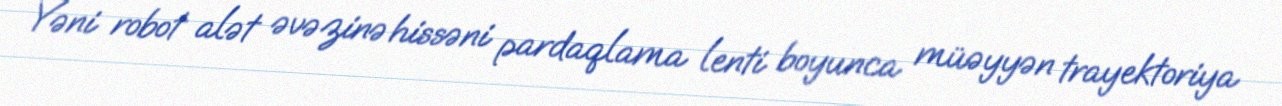
Yəni robot alət əvəzinə hissəni pardaqlama lenti boyunca müəyyən trayektoriya